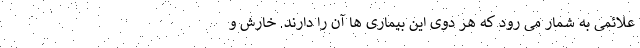
علائمی به شمار می رود که هر دوی این بیماری ها آن را دارند. خارش و